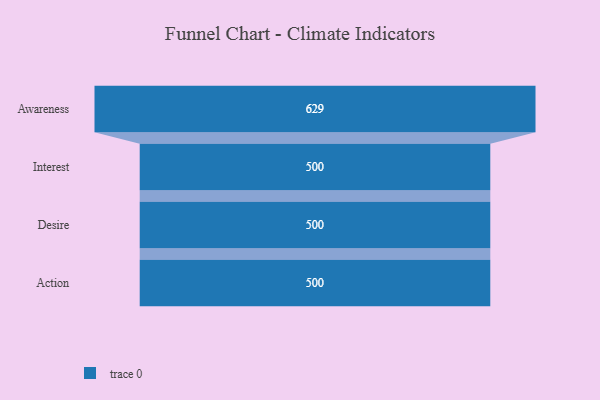
{"axis": {"x": "Stage", "y": "Value"}, "legend": [""], "data": [{"x": "Awareness", "y": 629.0, "type": ""}, {"x": "Interest", "y": 500, "type": ""}, {"x": "Desire", "y": 500, "type": ""}, {"x": "Action", "y": 500, "type": ""}]}